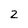
Character: 2